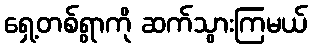
ရှေ့တစ်ရွာကို ဆက်သွားကြမယ်